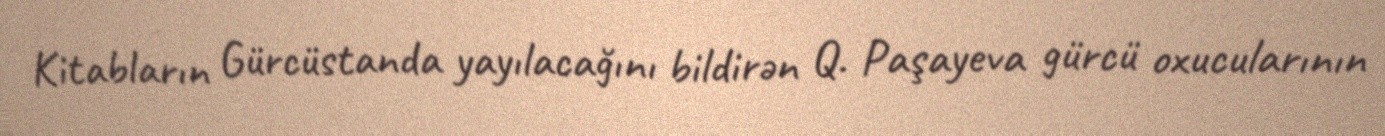
Kitabların Gürcüstanda yayılacağını bildirən Q. Paşayeva gürcü oxucularının